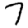
Digit: 7